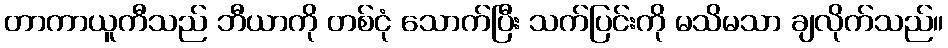
တာကာယူကီသည် ဘီယာကို တစ်ငုံ သောက်ပြီး သက်ပြင်းကို မသိမသာ ချလိုက်သည်။